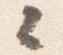
々